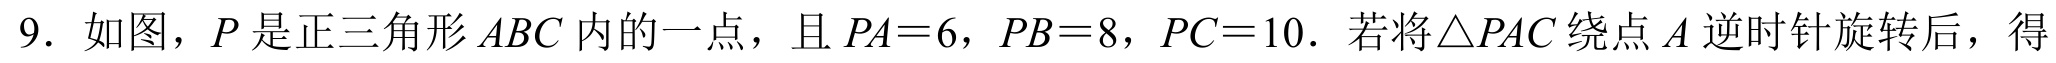
9. 如图，\(P\) 是正三角形 \(ABC\) 内的一点，且 \(PA = 6\)，\(PB = 8\)，\(PC = 10\)．若将\(\triangle PAC\) 绕点 \(A\) 逆时针旋转后，得